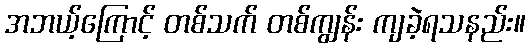
အဘယ့်ကြောင့် တစ်သက် တစ်ကျွန်း ကျခဲ့ရသနည်း။